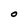
Character: O